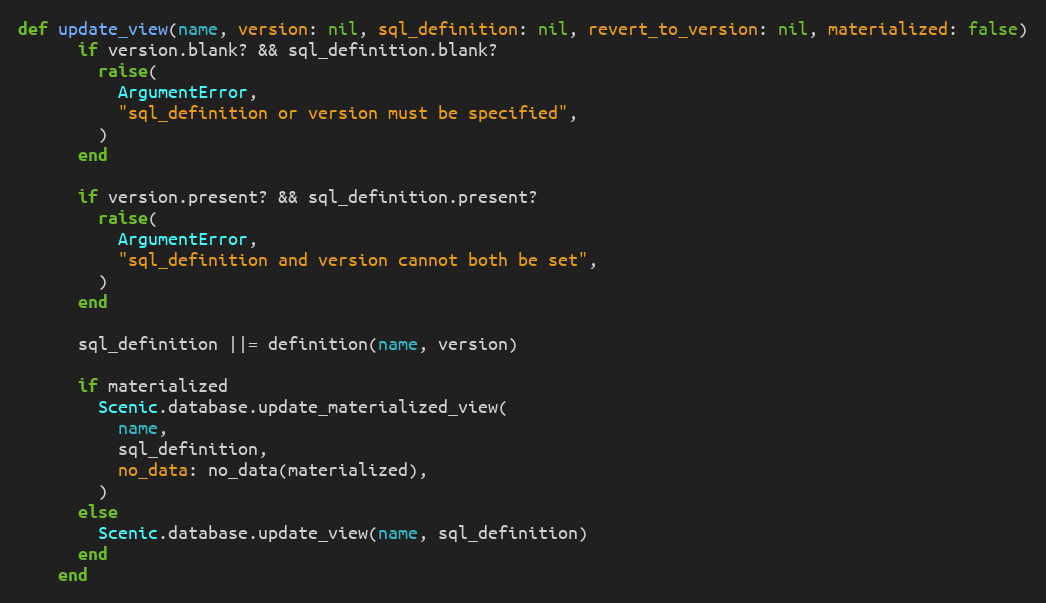
Language: Ruby
def update_view(name, version: nil, sql_definition: nil, revert_to_version: nil, materialized: false)
      if version.blank? && sql_definition.blank?
        raise(
          ArgumentError,
          "sql_definition or version must be specified",
        )
      end

      if version.present? && sql_definition.present?
        raise(
          ArgumentError,
          "sql_definition and version cannot both be set",
        )
      end

      sql_definition ||= definition(name, version)

      if materialized
        Scenic.database.update_materialized_view(
          name,
          sql_definition,
          no_data: no_data(materialized),
        )
      else
        Scenic.database.update_view(name, sql_definition)
      end
    end